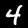
Label: 4